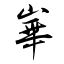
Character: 崋